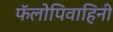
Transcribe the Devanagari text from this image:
फॅलोपिवाहिनी